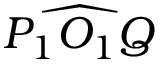
\widehat { P _ { 1 } O _ { 1 } Q }